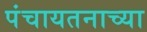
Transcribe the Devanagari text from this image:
पंचायतनाच्या